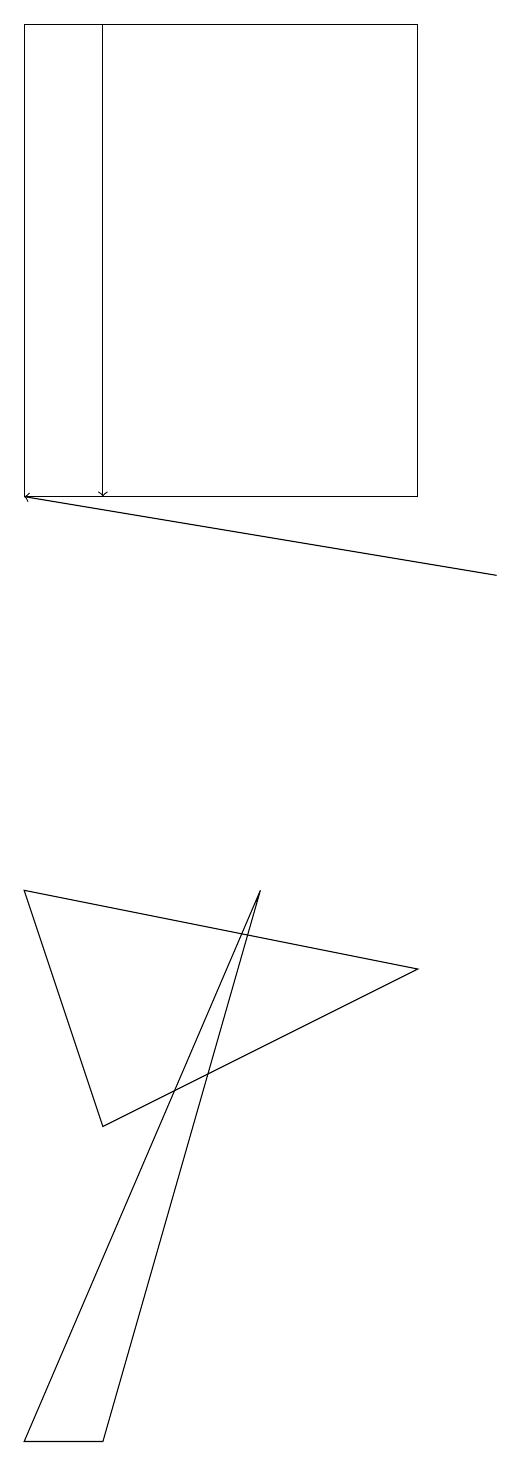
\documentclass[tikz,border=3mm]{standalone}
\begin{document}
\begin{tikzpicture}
\draw (2,19) rectangle (7,13);
\draw (2,1) -- (5,8) -- (3,1) -- cycle;
\draw[->] (8,12) -- (2,13);
\draw (2,8) -- (7,7) -- (3,5) -- cycle;
\draw[->] (3,19) -- (3,13);
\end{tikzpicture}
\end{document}